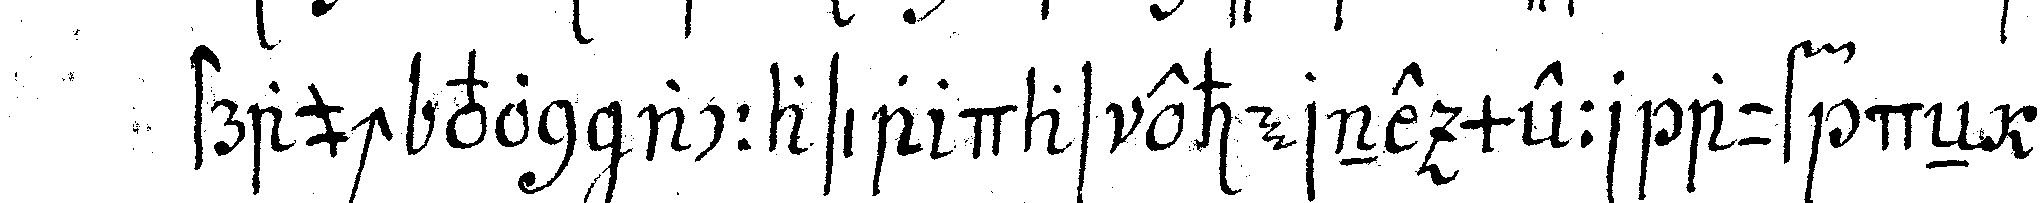
strauch von accasia das eherne meer auf deN zwö